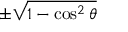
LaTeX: \pm { \sqrt { 1 - \cos ^ { 2 } \theta } }